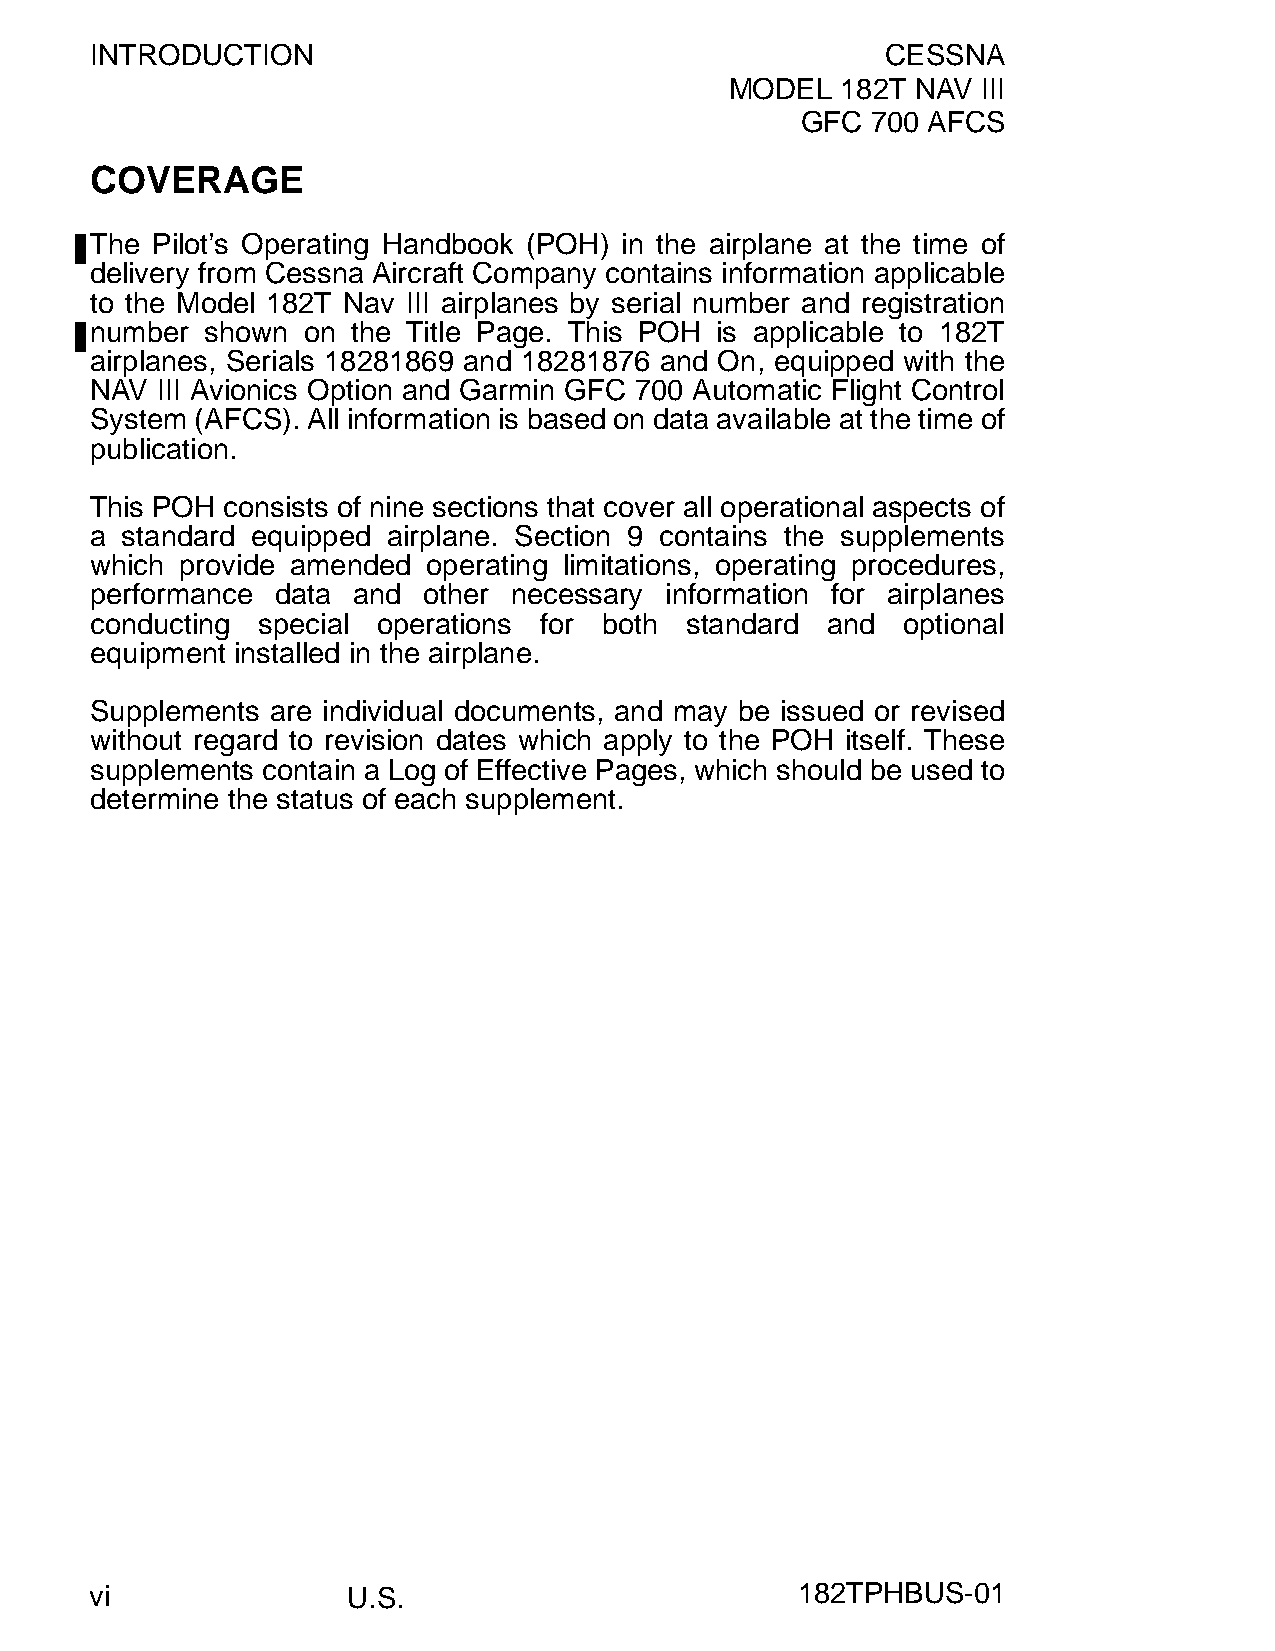
INTRODUCTION                                         CESSNA
 MODEL   182T NAV III
 GFC  700 AFCS
 COVERAGE
 The Pilot’s Operating Handbook (POH) in the airplane at the time of
 delivery from Cessna Aircraft Company contains information applicable
 to the Model 182T Nav III airplanes by serial number and registration
 number  shown on the Title Page. This POH is applicable to 182T
 airplanes, Serials 18281869 and 18281876 and On, equipped with the
 NAV III Avionics Option and Garmin GFC 700 Automatic Flight Control
 System (AFCS). All information is based on data available at the time of
 publication.
 This POH consists of nine sections that cover all operational aspects of
 a standard equipped airplane. Section 9 contains the supplements
 which provide amended operating limitations, operating procedures,
 performance data and  other necessary information for airplanes
 conducting special operations for both standard  and  optional
 equipment installed in the airplane.
 Supplements are individual documents, and may be issued or revised
 without regard to revision dates which apply to the POH itself. These
 supplements contain a Log of Effective Pages, which should be used to
 determine the status of each supplement.
 vi               U.S.                          182TPHBUS-01